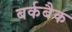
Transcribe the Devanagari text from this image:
बर्कबैक